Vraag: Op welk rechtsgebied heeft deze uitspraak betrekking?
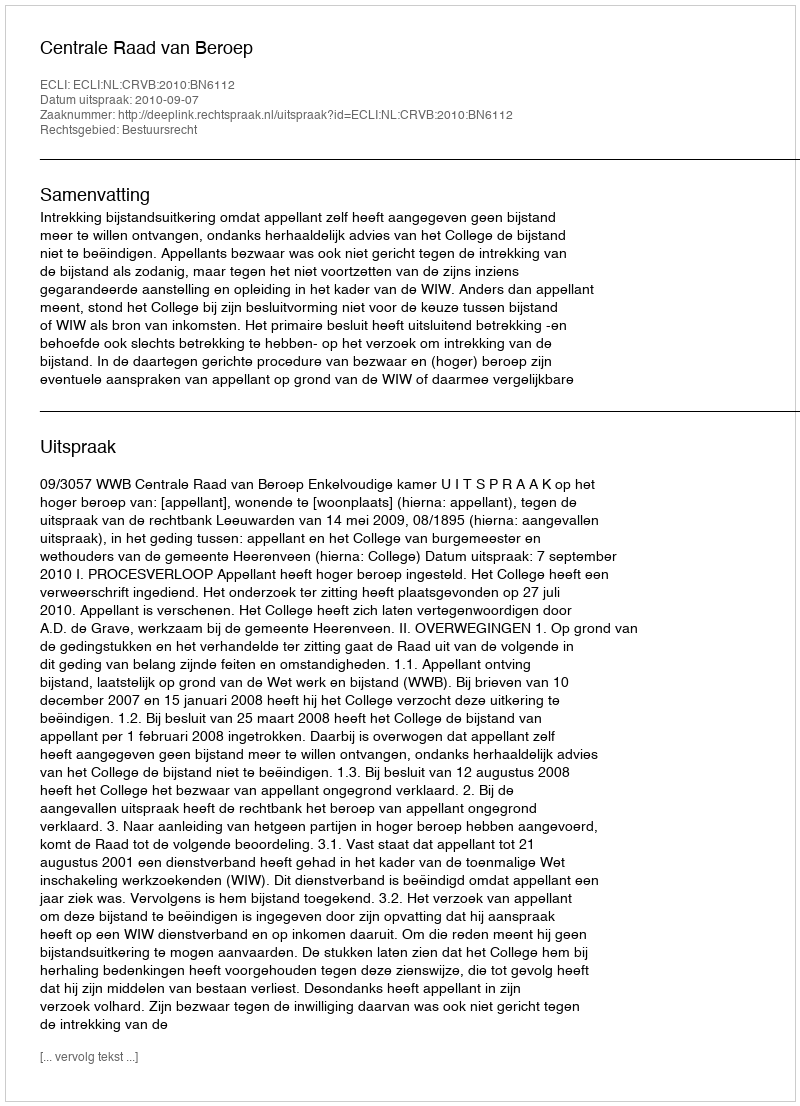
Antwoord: Bestuursrecht